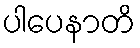
ပါပေနာတိ